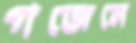
গজেনে